Indian journal of veterinary science and animal husbandry - Volume 13,
Year: 1943
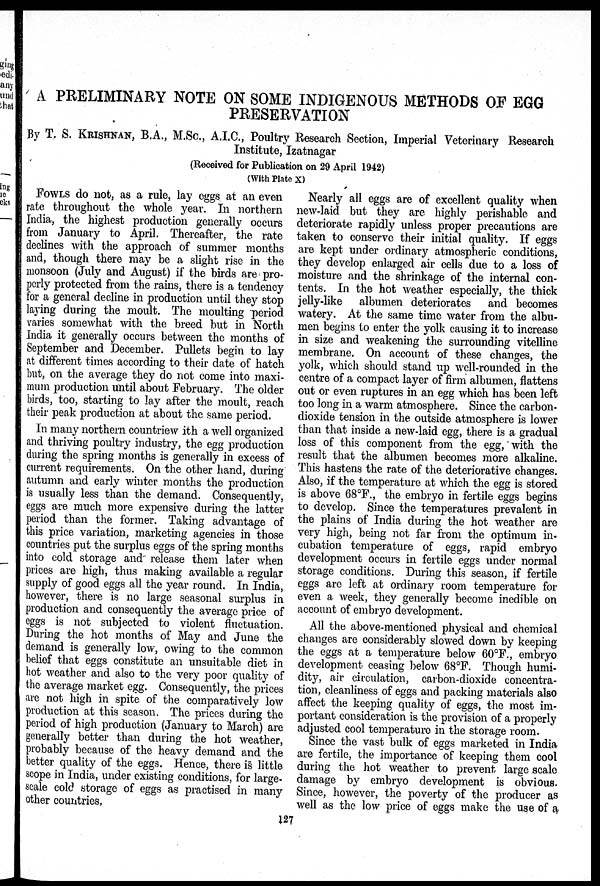
A PRELIMINARY NOTE ON SOME INDIGENOUS METHODS OF EGG
PRESERVATION
By T. S. KRISHNAN, B.A., M.Sc., A.I.C., Poultry Research Section, Imperial Veterinary Research
Institute, Izatnagar
(Received for Publication on 29 April 1942)
(With Plate X)
FOWLS do not, as a rule, lay eggs at an even
rate throughout the whole year. In northern
India, the highest production generally occurs
from January to April. Thereafter, the rate
declines with the approach of summer months
and, though there may be a slight rise in the
monsoon (July and August) if the birds are pro-
perly protected from the rains, there is a tendency
for a general decline in production until they stop
laying during the moult. The moulting period
varies somewhat with the breed but in North
India it generally occurs between the months of
September and December. Pullets begin to lay
at different times according to their date of hatch
but, on the average they do not come into maxi-
mum production until about February. The older
birds, too, starting to lay after the moult, reach
their peak production at about the same period.
In many northern countriew ith a well organized
and thriving poultry industry, the egg production
during the spring months is generally in excess of
current requirements. On the other hand, during
autumn and early winter months the production
is usually less than the demand. Consequently,
eggs are much more expensive during the latter
period than the former. Taking advantage of
this price variation, marketing agencies in those
countries put the surplus eggs of the spring months
into cold storage and release them later when
prices are high, thus making available a regular
supply of good eggs all the year round. In India,
however, there is no large seasonal surplus in
production and consequently the average price of
eggs is not subjected to violent fluctuation.
During the hot months of May and June the
demand is generally low, owing to the common
belief that eggs constitute an unsuitable diet in
hot weather and also to the very poor quality of
the average market egg. Consequently, the prices
are not high in spite of the comparatively low
production at this season. The prices during the
period of high production (January to March) are
generally better than during the hot weather,
probably because of the heavy demand and the
better quality of the eggs. Hence, there is little
scope in India, under existing conditions, for large-
scale cold storage of eggs as practised in many
other countries.
Nearly all eggs are of excellent quality when
new-laid but they are highly perishable and
deteriorate rapidly unless proper precautions are
taken to conserve their initial quality. If eggs
are kept under ordinary atmospheric conditions,
they develop enlarged air cells due to a loss of
moisture and the shrinkage of the internal con-
tents. In the hot weather especially, the thick
jelly-like albumen deteriorates and becomes
watery. At the same time water from the albu-
men begins to enter the yolk causing it to increase
in size and weakening the surrounding vitelline
membrane. On account of these changes, the
yolk, which should stand up well-rounded in the
centre of a compact layer of firm albumen, flattens
out or even ruptures in an egg which has been left
too long in a warm atmosphere. Since the carbon-
dioxide tension in the outside atmosphere is lower
than that inside a new-laid egg, there is a gradual
loss of this component from the egg, with the
result that the albumen becomes more alkaline.
This hastens the rate of the deteriorative changes.
Also, if the temperature at which the egg is stored
is above 68°F., the embryo in fertile eggs begins
to develop. Since the temperatures prevalent in
the plains of India during the hot weather are
very high, being not far from the optimum in-
cubation temperature of eggs, rapid embryo
development occurs in fertile eggs under normal
storage conditions. During this season, if fertile
eggs are left at ordinary room temperature for
even a week, they generally become inedible on
account of embryo development.
All the above-mentioned physical and chemical
changes are considerably slowed down by keeping
the eggs at a temperature below 60°F., embryo
development ceasing below 68°F. Though humi-
dity, air circulation, carbon-dioxide concentra-
tion, cleanliness of eggs and packing materials also
affect the keeping quality of eggs, the most im-
portant consideration is the provision of a properly
adjusted cool temperature in the storage room.
Since the vast bulk of eggs marketed in India
are fertile, the importance of keeping them cool
during the hot weather to prevent large scale
damage by embryo development is obvious.
Since, however, the poverty of the producer as
well as the low price of eggs make the use of a
127